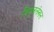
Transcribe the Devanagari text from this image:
विपुललेखन